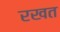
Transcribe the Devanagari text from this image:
रखत